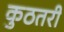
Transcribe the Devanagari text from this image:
कुठतरी